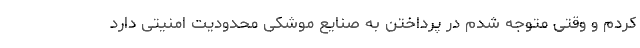
کردم و وقتی متوجه شدم در پرداختن به صنایع موشکی محدودیت امنیتی دارد